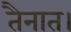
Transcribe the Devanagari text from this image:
तैनात।